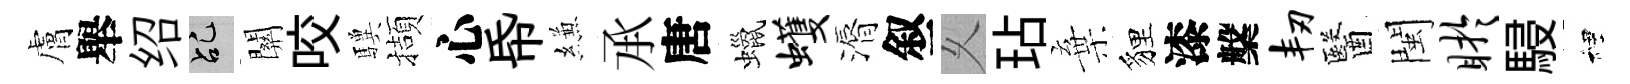
膚舉绍乩關咬驥擷心帋縑𠄘唐蠟蠖漘叙乆玷棄貍漆槃韧醫閩盱駸裡